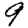
Digit: 9